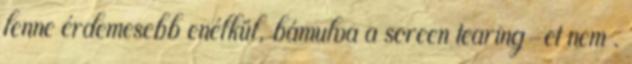
lenne érdemesebb enélkül, bámulva a screen tearing-et nem .